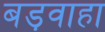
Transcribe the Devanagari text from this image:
बड़वाहा